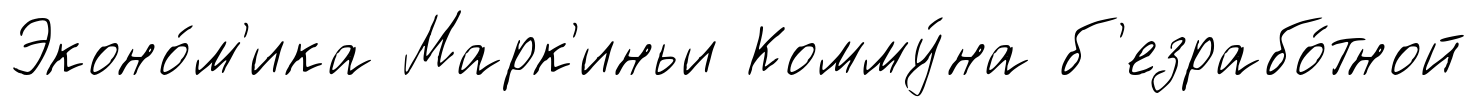
Эконо́м'ика Марк'иньи Комму́на б'езрабо́тной